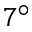
7 ^ { \circ }